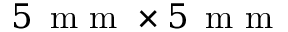
5 \, \textrm { m m } \times 5 \, \textrm { m m }